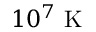
1 0 ^ { 7 } ~ \mathrm { K }